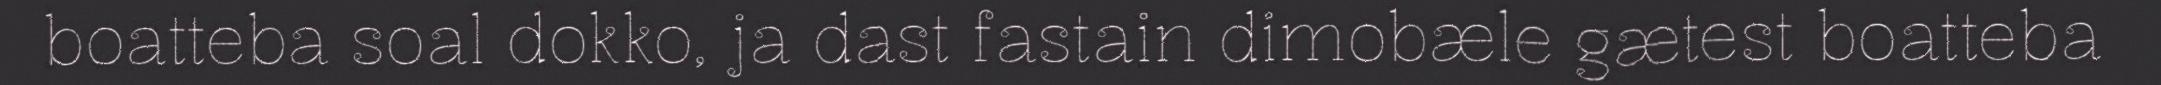
boatteba soal dokko, ja dast fastain dimobæle gætest boatteba